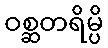
ဝစ္ဆတရိမ္ပိ